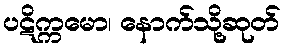
ပဋိက္ကမော၊ နောက်သို့ဆုတ်